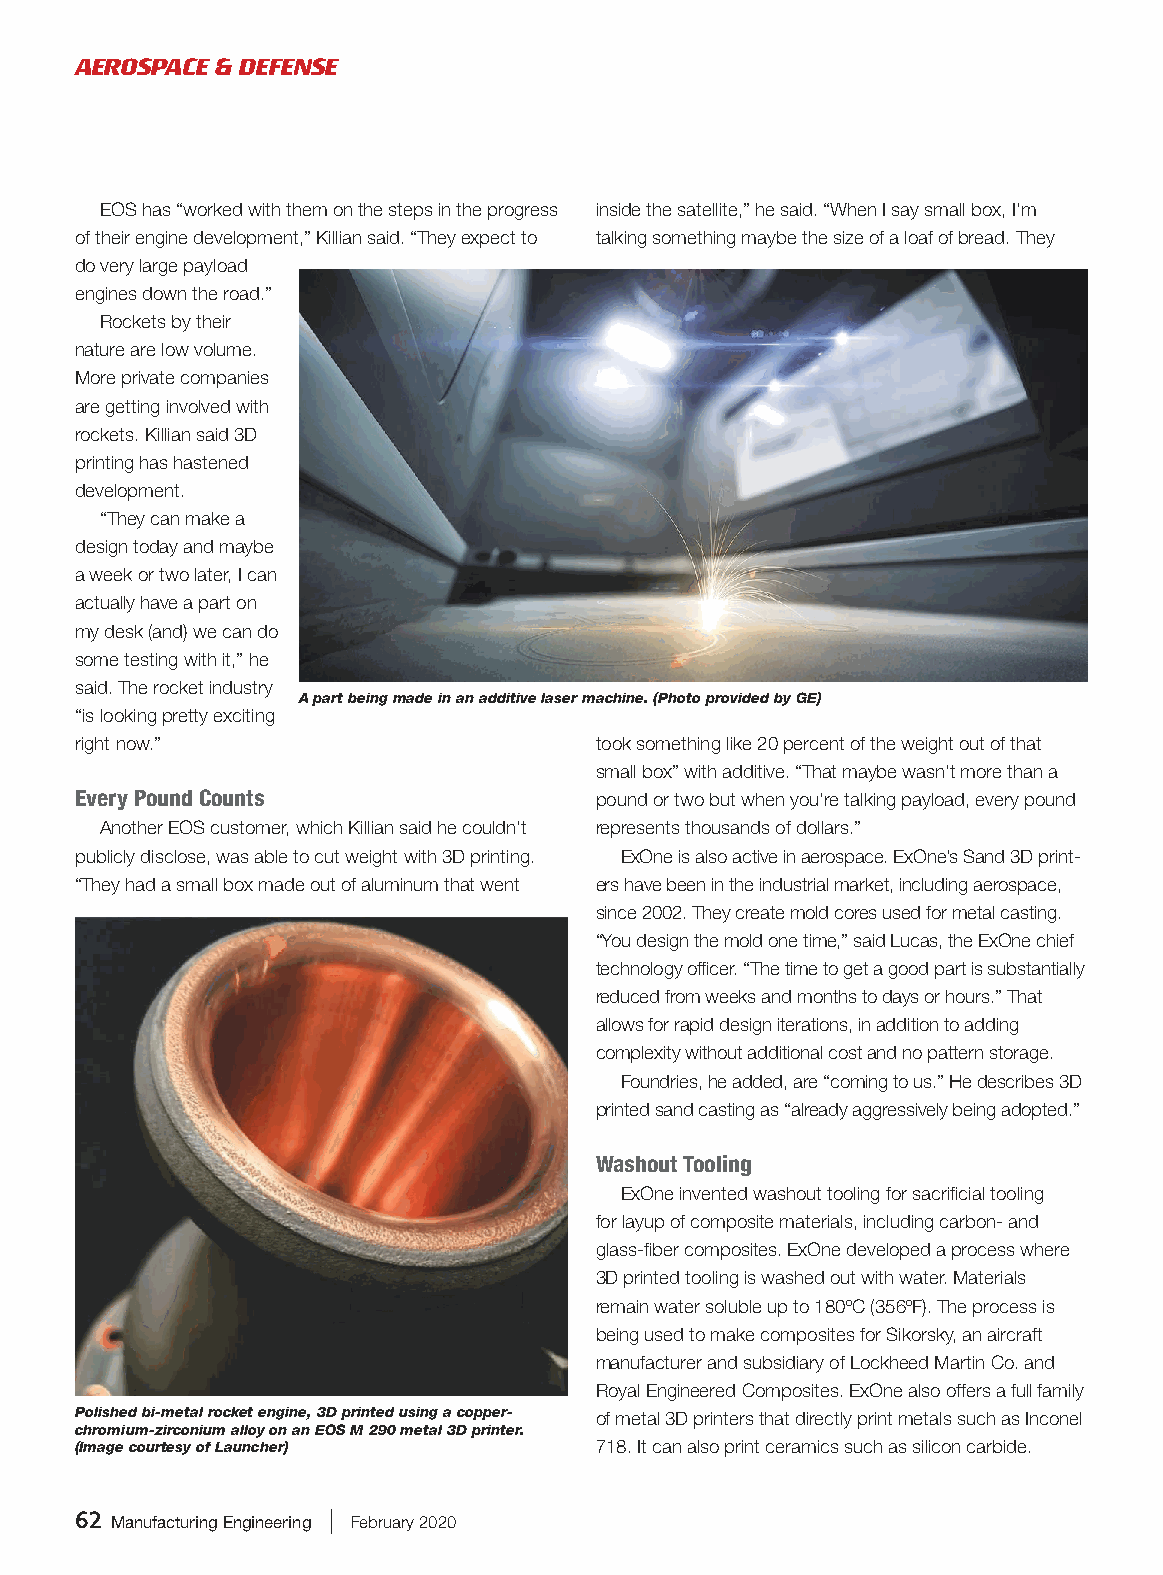
AEROSPACE & DEFENSE
 EOS has “worked with them on the steps in the progress inside the satellite,” he said. “When I say small box, I’m
 of their engine development,” Killian said. “They expect to talking something maybe the size of a loaf of bread. They
 do very large payload
 engines down the road.”
 Rockets by their
 nature are low volume.
 More private companies
 are getting involved with
 rockets. Killian said 3D
 printing has hastened
 development.
 “They can make a
 design today and maybe
 a week or two later, I can
 actually have a part on
 my desk (and) we can do
 some testing with it,” he
 said. The rocket industry
 A part being made in an additive laser machine. (Photo provided by GE)
 “is looking pretty exciting
 right now.”                       took something like 20 percent of the weight out of that
 small box” with additive. “That maybe wasn’t more than a
 Every Pound Counts
 pound or two but when you’re talking payload, every pound
 Another EOS customer, which Killian said he couldn’t represents thousands of dollars.”
 publicly disclose, was able to cut weight with 3D printing. ExOne is also active in aerospace. ExOne’s Sand 3D print-
 “They had a small box made out of aluminum that went ers have been in the industrial market, including aerospace,
 since 2002. They create mold cores used for metal casting.
 “You design the mold one time,” said Lucas, the ExOne chief
 technology officer. “The time to get a good part is substantially
 reduced from weeks and months to days or hours.” That
 allows for rapid design iterations, in addition to adding
 complexity without additional cost and no pattern storage.
 Foundries, he added, are “coming to us.” He describes 3D
 printed sand casting as “already aggressively being adopted.”
 Washout Tooling
 ExOne invented washout tooling for sacrificial tooling
 for layup of composite materials, including carbon- and
 glass-fiber composites. ExOne developed a process where
 3D printed tooling is washed out with water. Materials
 remain water soluble up to 180oC (356oF). The process is
 being used to make composites for Sikorsky, an aircraft
 manufacturer and subsidiary of Lockheed Martin Co. and
 Royal Engineered Composites. ExOne also offers a full family
 Polished bi-metal rocket engine, 3D printed using a copper- of metal 3D printers that directly print metals such as Inconel
 chromium-zirconium alloy on an EOS M 290 metal 3D printer.
 (Image courtesy of Launcher)      718. It can also print ceramics such as silicon carbide.
 62 Manufacturing Engineering | February 2020